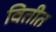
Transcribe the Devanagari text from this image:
वितीत